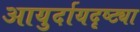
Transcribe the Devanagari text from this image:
आयुर्दायदृष्ट्या